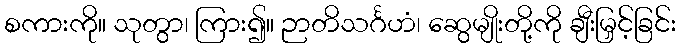
စကားကို။ သုတွာ၊ ကြား၍။ ဉာတိသင်္ဂဟံ၊ ဆွေမျိုးတို့ကို ချီးမြှင့်ခြင်း